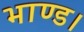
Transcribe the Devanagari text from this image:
भाण्ड।